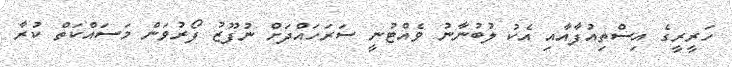
ހަރީރީގެ އިސްތިއުފާއާއި އެކު ލުބުނާނު ވެއްޓުނީ ސަރަހައްދަށް ނުފޫޒު ފޯރުވަން މަސަައްކަތް ކުރާ